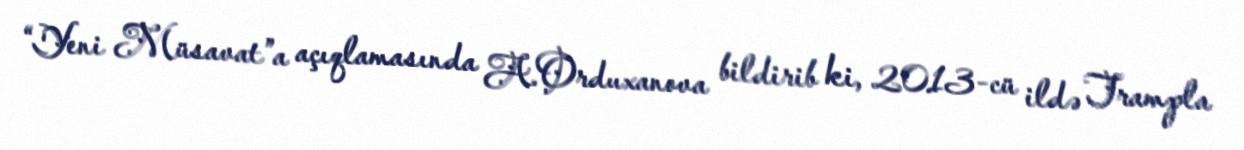
“Yeni Müsavat”a açıqlamasında A.Orduxanova bildirib ki, 2013-cü ildə Trampla